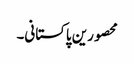
محصورین پاکستانی۔